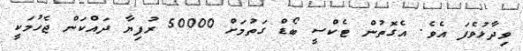
ވިދާޅުވެފަ އެވެ. އެގޮތުން ޓެކްސީ ބޯޑް ގަތުމަށް 50000 ރުފިޔާ ދައްކަން ޖެހުމަކީ